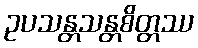
ဥပသန္တသန္တစိတ္တဿ